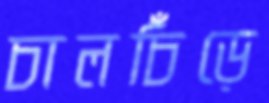
চালচিঁড়ে